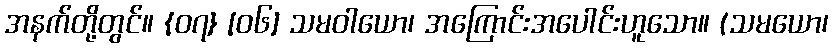
အနက်တို့တွင်။ {၀၇} [၀၆] သမဝါယော၊ အကြောင်းအပေါင်းဟူသော။ (သမယော၊